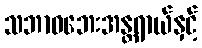
သဘာဝဘေးအန္တရာယ်နှင့်